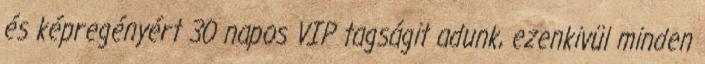
és képregényért 30 napos VIP tagságit adunk, ezenkivül minden